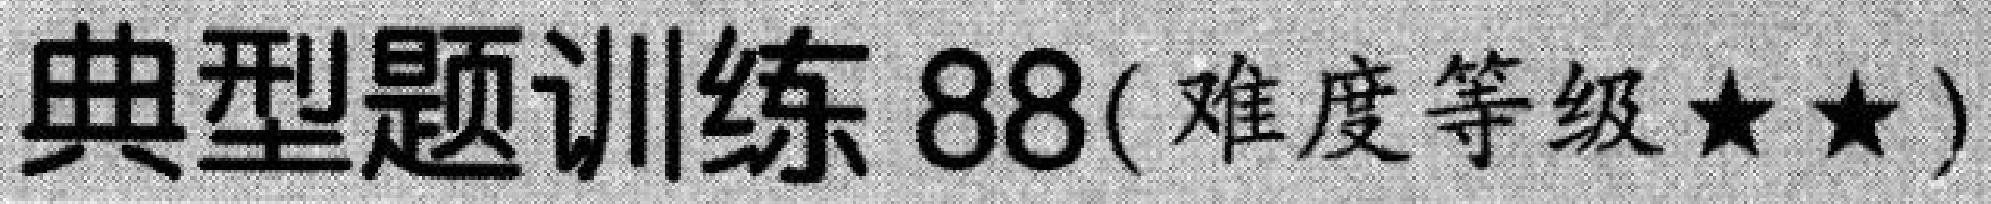
典型题训练 88(难度等级$\star\star$)